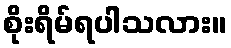
စိုးရိမ်ရပါသလား။